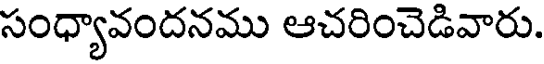
సంధ్యావందనము ఆచరించెడివారు.